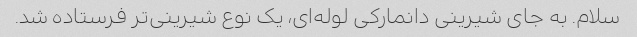
سلام. به جای شیرینی دانمارکی لوله‌ای، یک نوع شیرینی‌تر فرستاده شد.